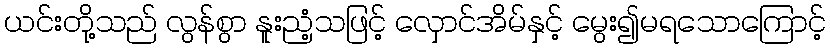
ယင်းတို့သည် လွန်စွာ နူးညံ့သဖြင့် လှောင်အိမ်နှင့် မွေး၍မရသောကြောင့်